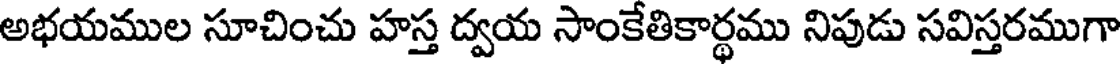
అభయముల సూచించు హస్త ద్వయ సాంకేతికార్థము నిపుడు సవిస్తరముగా